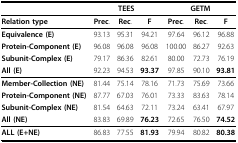
|  | <COLSPAN=3> TEES | <COLSPAN=3> GETM |
 | --- | --- | --- | --- | --- | --- | --- |
 | Relation type | Prec. | Rec. | F | Prec. | Rec. | F |
 | Equivalence (E) | 93.13 | 95.31 | 94.21 | 97.64 | 96.12 | 96.88 |
 | Protein-Component (E) | 96.08 | 96.08 | 96.08 | 100.00 | 86.27 | 92.63 |
 | Subunit-Complex (E) | 79.17 | 86.36 | 82.61 | 80.00 | 72.73 | 76.19 |
 | All (E) | 92.23 | 94.53 | 93.37 | 97.85 | 90.10 | 93.81 |
 | Member-Collection (NE) | 81.44 | 75.14 | 78.16 | 71.73 | 75.69 | 73.66 |
 | Protein-Component (NE) | 87.77 | 67.03 | 76.01 | 73.33 | 83.63 | 78.14 |
 | Subunit-Complex (NE) | 81.54 | 64.63 | 72.11 | 73.24 | 63.41 | 67.97 |
 | All (NE) | 83.83 | 69.89 | 76.23 | 72.65 | 76.50 | 74.52 |
 | ALL (E+NE) | 86.83 | 77.55 | 81.93 | 79.94 | 80.82 | 80.38 |